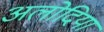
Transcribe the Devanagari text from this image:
अलोदिया